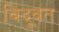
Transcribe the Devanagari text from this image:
बिंदूवत